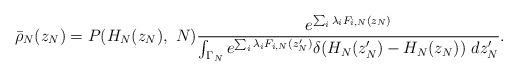
LaTeX: \begin{align*}\bar{\rho}_N(z_N) = P(H_N(z_N),\ N) \frac{e^{\sum_i \lambda_i F_{i,N}(z_N)}} {\int_{\Gamma_N} e^{\sum_i \lambda_i F_{i,N}(z_N')} \delta(H_N(z_N') - H_N(z_N))\ dz_N'}.\end{align*}